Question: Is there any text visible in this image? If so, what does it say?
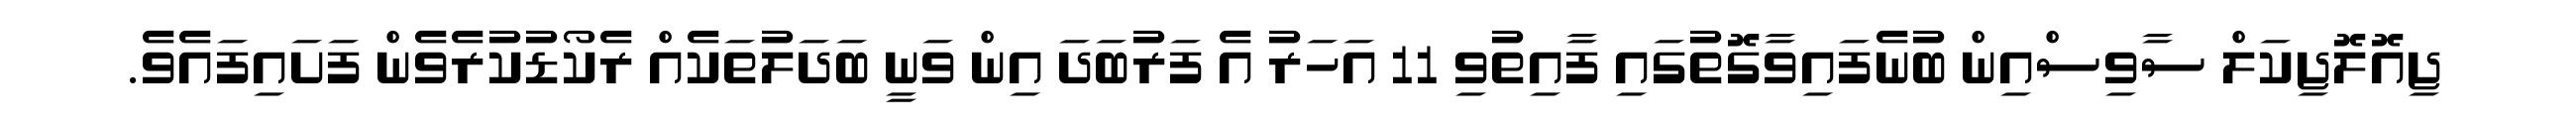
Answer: ޖިއޮލޮޖިކަލް ސާވިސްއިން ބުނެފައިވާގޮތުގައި ފާއިތުވި 11 އަހަރު އެ ފަރުބަދަ އިން ވަނީ ބަދަލުތަކެއް ރެކޯޑުކުރެވެން ފަށައިފައެވެ.